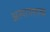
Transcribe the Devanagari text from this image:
अत्यायश्यक